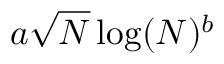
a \sqrt { N } \log ( N ) ^ { b }